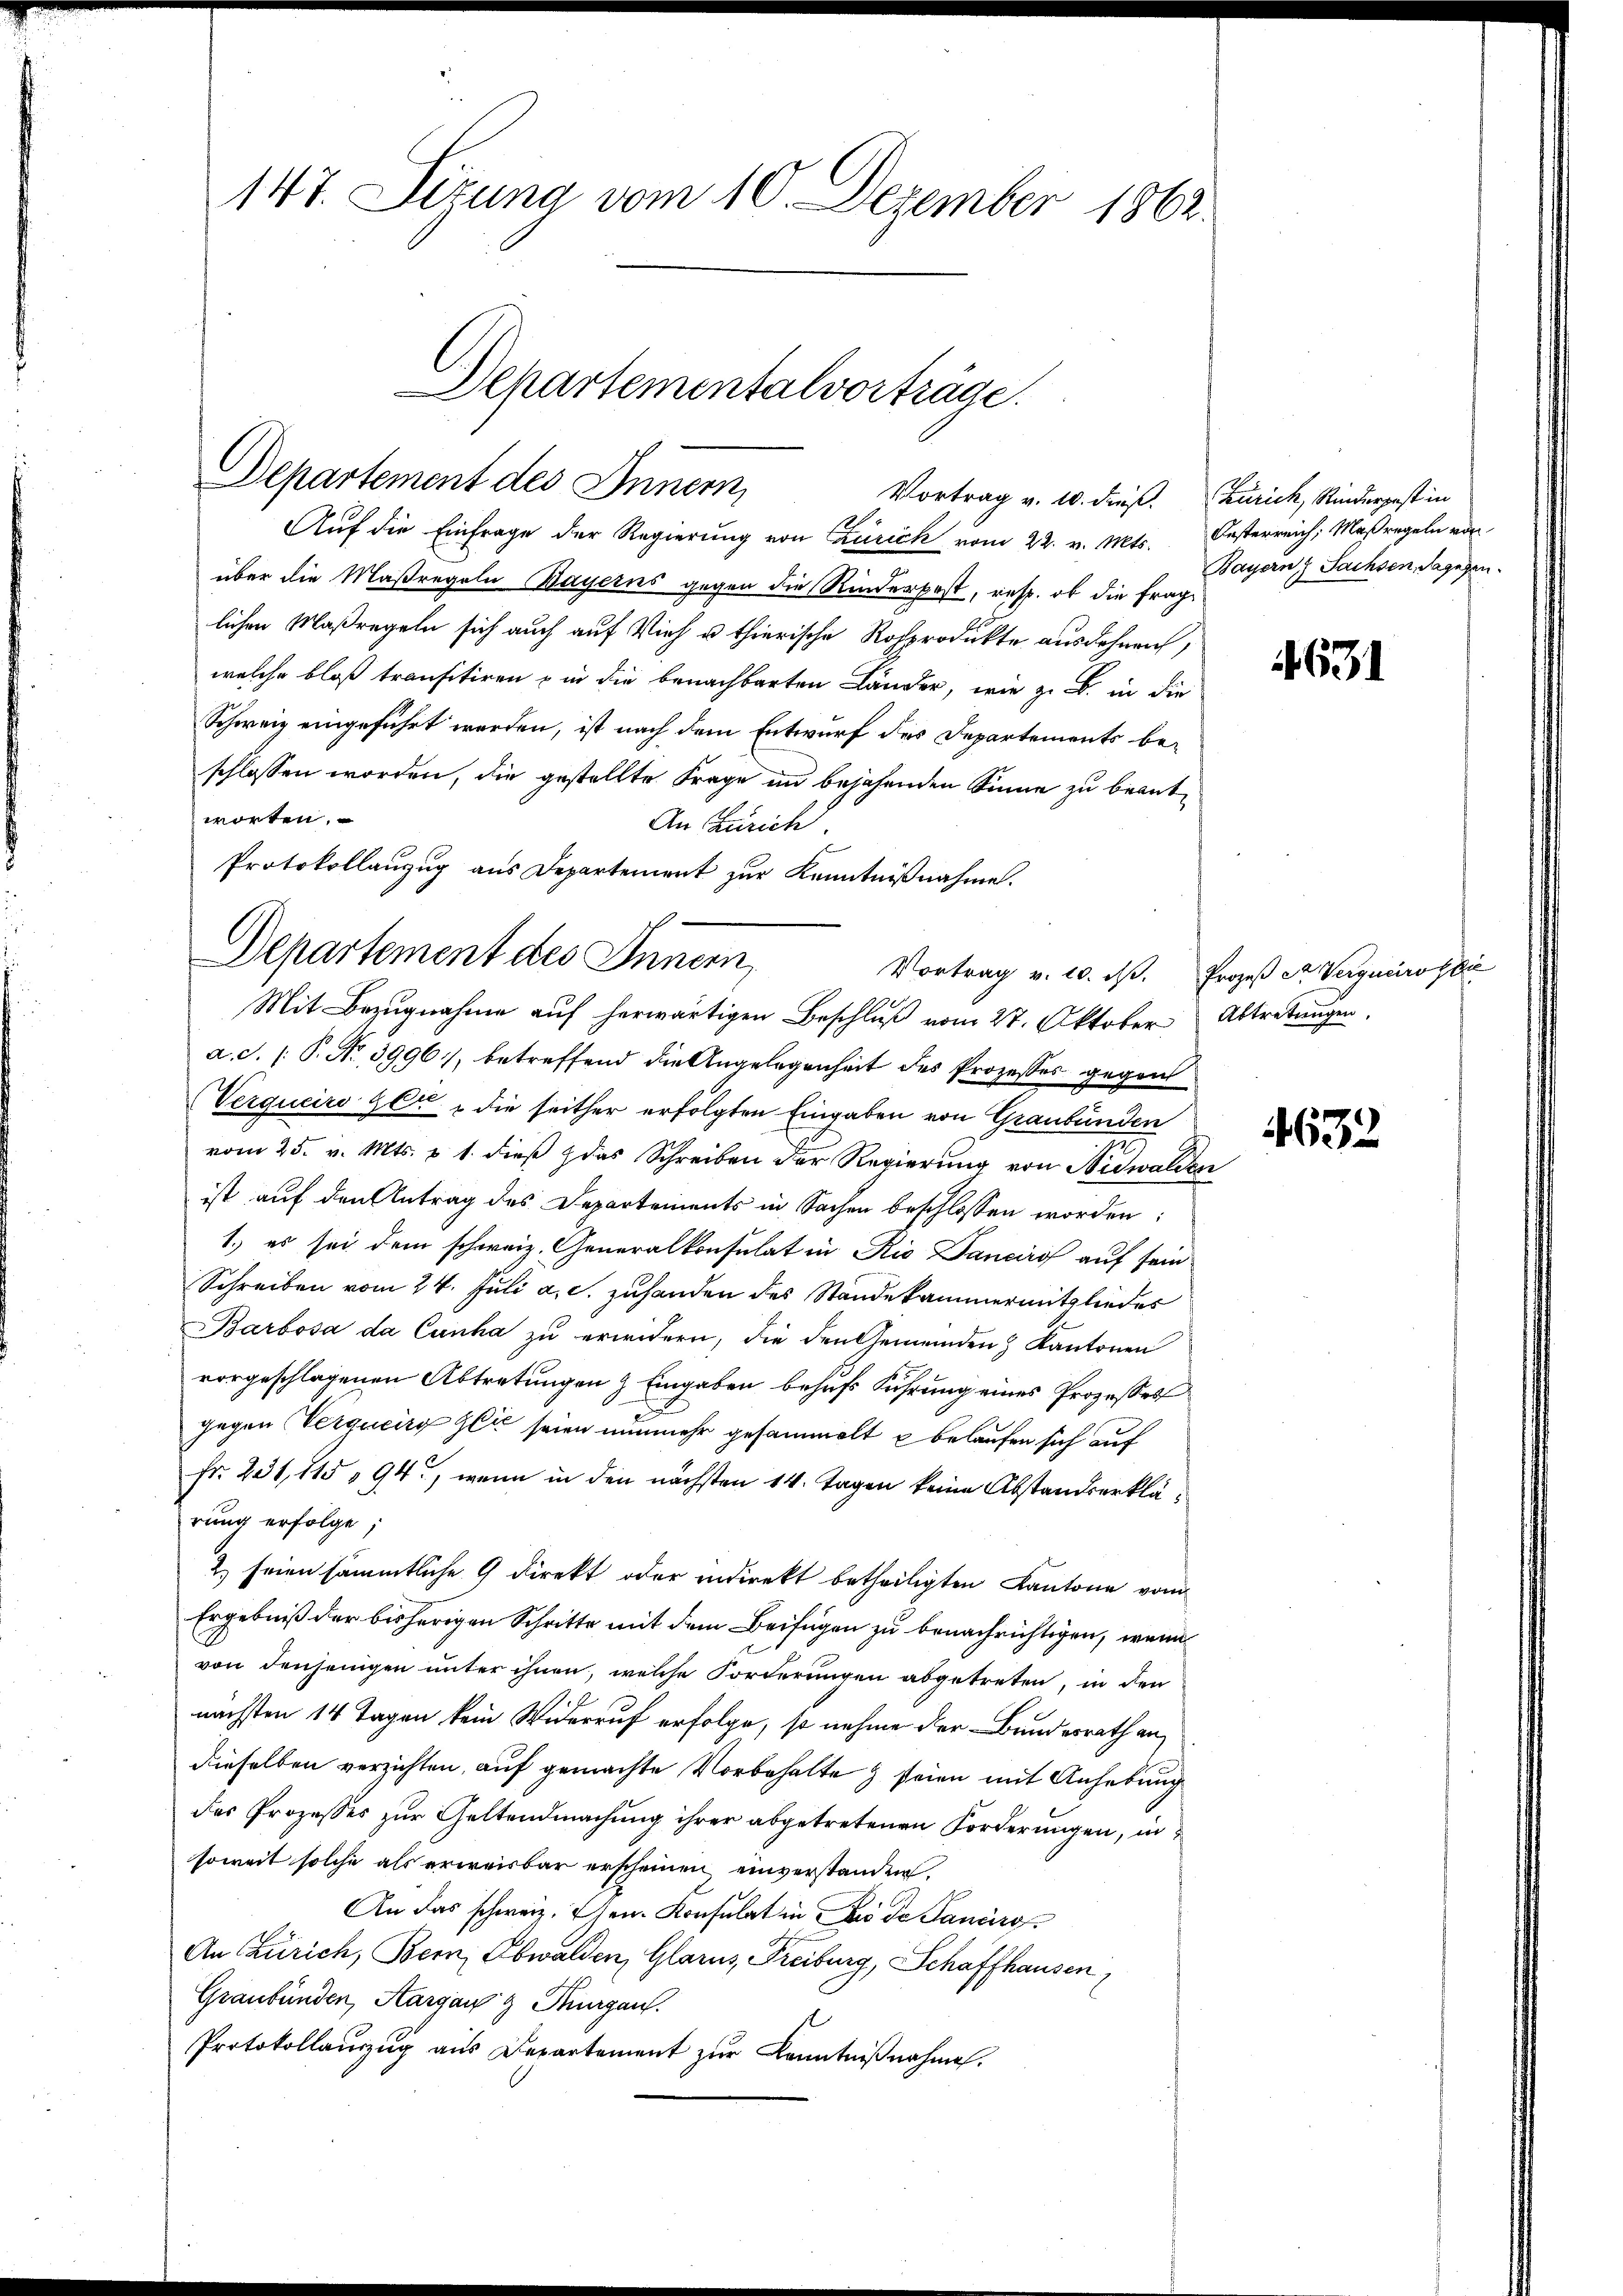
147. Sizung vom 10. Dezember 1862.

Auf die Einfrage der Regierung von Zürich vom 22. v. Mts. Oesterreich, Maßregeln von
über die Maßregeln Bayerns gegen die Kinderpest, resp. ob die Frag
lichen Maßregeln sich auch auf Vieh u. thierische Rosprodukte ausdehnen,
welche bloß transitiren & in die benachbarten Länder, wie z. B. in die
Schweiz eingeführt werden, ist nach dem Entwurf des Departements beschlossen worden, die gestellte Frage in bejahenden Sinne zu beantworten.
An Zürich
a.J. (: P. Nr. 3996), betreffend die Angelegenheit des Prozesses gegen
Verqueiro Zlt " die seither erfolgten Eingaben von Graubünden
vom 25. v. Mts. u 1. dieß das Schreiben der Regierung von Nidwal
ist auf den Antrag des Departements in Sachen beschlossen worden:
1.) es sei dem schweiz. Generalkonsulat in Rio anciros auf sein
Schreiben vom 24. Juli a. c. zuhanden des Standekammermitglieder
Barbosa da Cunha zu erwidern, die den Gemeinden & Kantonen
vorgeschlagenen Abtretungen & Eingaben behufs Führung eines Prozessert
gegen Verqueirg Zeit seien nunmehr gesammelt u belaufen sich auf
Fr. 231, 115, 94, wenn in den nächsten 14. Tagen keine Abstandserklärung erfolge;
2) seien sämmtliche G direkt oder indirekt betheiligten Kantone vom
Ergebniß der bisherigen Schritte mit dem Beifügen zu benachrichtigen, wenn
von denjenigen unter ihnen, welche Forderungen abgetreten, in den
nächsten 14 Tagen kein Widerruf erfolge, so nehme der Bundesrath an
dieselben verzichten, auf gemachte Vorbehalte & steien mit Anhebung
des Prozesses zur Geltendmachung ihrer abgetretenen Forderungen, in
soweit solche als erweisbar erscheinen einverstanden.
An das schweiz. Ehen Konsulat in Bei de Sancirs
An Zürich, Bern, Obwalden, Glarus, Freiburg, Schaffhausen,
Graubünden, Aarganz Thurgau.
Protokollauszug aus Departement zur Kenntniβnahme.

Departementalvorträge.
Departement des Innern,
Vortrag v. 10. dieß. Zürich, Rinderpest in

Protokollanzug aus Departement zur Kenntnißnahme.
Departement des Innern,
Vortrag v. 10. dβ.
Mit Bezugnahme auf herwärtigen Beschluß vom 27. Oktober

Bayern) Sachsen, dagegen.

4631

Prozeß St Vergneiro sie
Abtretungen,

u

4632